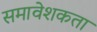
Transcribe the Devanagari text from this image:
समावेशकता